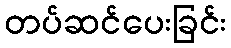
တပ်ဆင်ပေးခြင်း